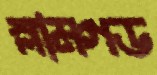
স্লামগড